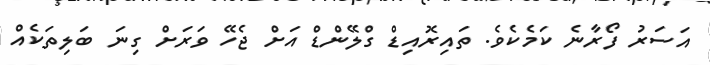
އަސަރު ފޯރާނެ ކަމެކެވެ. ތައިރޮއިޑް ގްލޭންޑް އަށް ޖެހޭ ވަރަށް ގިނަ ބަލިތަކެއް